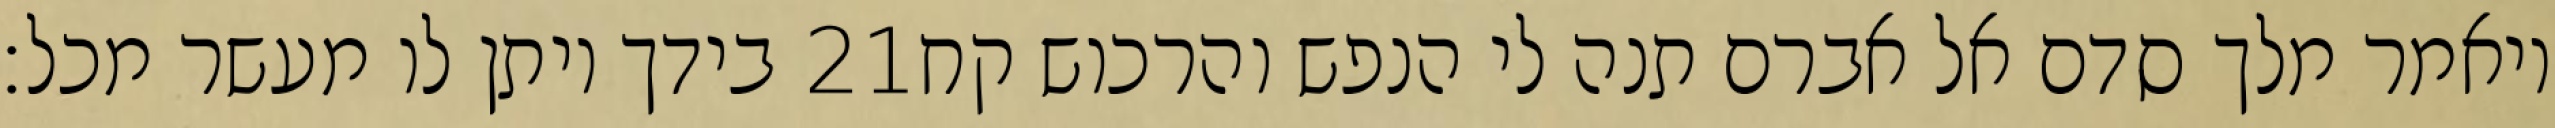
בידך ויתן לו מעשר מכל׃ ‎21‏ ויאמר מלך סדם אל אברם תנה לי הנפש והרכוש קח